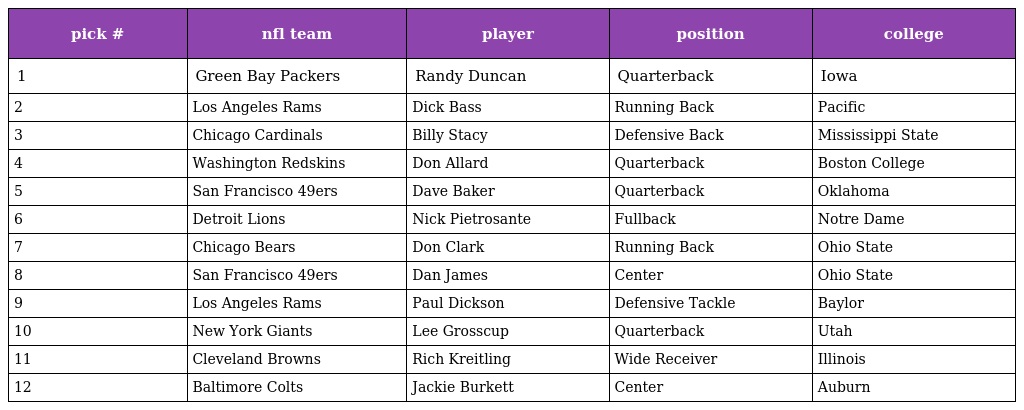
| pick # | nfl team | player | position | college |
 | --- | --- | --- | --- | --- |
 | 1 | Green Bay Packers | Randy Duncan | Quarterback | Iowa |
 | 2 | Los Angeles Rams | Dick Bass | Running Back | Pacific |
 | 3 | Chicago Cardinals | Billy Stacy | Defensive Back | Mississippi State |
 | 4 | Washington Redskins | Don Allard | Quarterback | Boston College |
 | 5 | San Francisco 49ers | Dave Baker | Quarterback | Oklahoma |
 | 6 | Detroit Lions | Nick Pietrosante | Fullback | Notre Dame |
 | 7 | Chicago Bears | Don Clark | Running Back | Ohio State |
 | 8 | San Francisco 49ers | Dan James | Center | Ohio State |
 | 9 | Los Angeles Rams | Paul Dickson | Defensive Tackle | Baylor |
 | 10 | New York Giants | Lee Grosscup | Quarterback | Utah |
 | 11 | Cleveland Browns | Rich Kreitling | Wide Receiver | Illinois |
 | 12 | Baltimore Colts | Jackie Burkett | Center | Auburn |